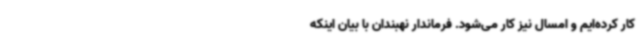
کار کرده‌ایم و امسال نیز کار می‌شود. فرماندار نهبندان با بیان اینکه